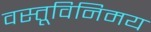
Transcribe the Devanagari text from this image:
वस्तूविनिमय